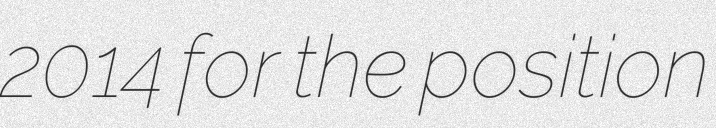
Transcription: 2014 for the position